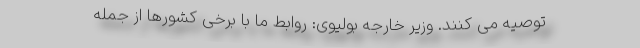
توصیه می ‌کنند. وزیر خارجه بولیوی: روابط ما با برخی کشورها از جمله